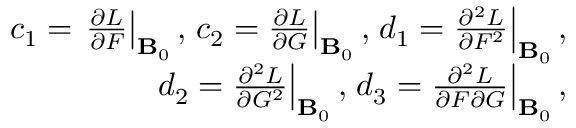
\begin{array} { r } { c _ { 1 } = \left. \frac { \partial { \cal L } } { \partial { \cal F } } \right| _ { { \bf B } _ { 0 } } , \left. c _ { 2 } = \frac { \partial { \cal L } } { \partial { \cal G } } \right| _ { { \bf B } _ { 0 } } , \left. d _ { 1 } = \frac { \partial ^ { 2 } { \cal L } } { \partial { \cal F } ^ { 2 } } \right| _ { { \bf B } _ { 0 } } , } \\ { \left. d _ { 2 } = \frac { \partial ^ { 2 } { \cal L } } { \partial { \cal G } ^ { 2 } } \right| _ { { \bf B } _ { 0 } } , \left. d _ { 3 } = \frac { \partial ^ { 2 } { \cal L } } { \partial { \cal F } \partial { \cal G } } \right| _ { { \bf B } _ { 0 } } , } \end{array}